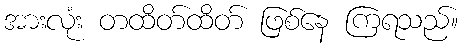
အားလုံး တထိတ်ထိတ် ဖြစ်နေ ကြရသည်။